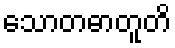
သောတဓာတူတိ